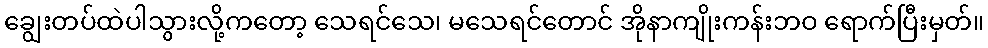
ချွေးတပ်ထဲပါသွားလို့ကတော့ သေရင်သေ၊ မသေရင်တောင် အိုနာကျိုးကန်းဘဝ ရောက်ပြီးမှတ်။